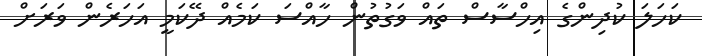
ކަހަލަ ކުދިންގެ އިހްސާސް ތައް ވަގުތުން ހާއްސަ ކަމެއް ދޭކަމީ އަހަރެން ވަރަށް